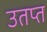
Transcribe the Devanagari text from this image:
उतप्त